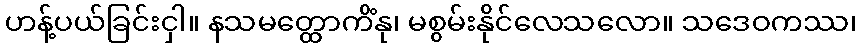
ဟန့်ပယ်ခြင်းငှါ။ နသမတ္ထောကိံနု၊ မစွမ်းနိုင်လေသလော။ သဒေဝကဿ၊